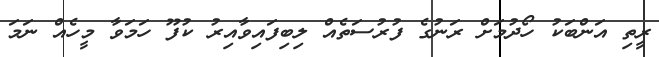
ރީތި އަންބަކު ހޯދުމަށް ރަނުގެ ފުރުސަތެއް ލިބިފައިވާއިރު ކުފޫ ހަމަވާ މީހެއް ނަމަ